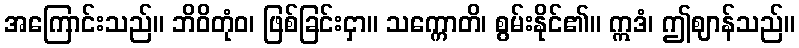
အကြောင်းသည်။ ဘိဝိတုံဝ၊ ဖြစ်ခြင်းငှာ။ သက္ကောတိ၊ စွမ်းနိုင်၏။ ဣဒံ၊ ဤဈာန်သည်။